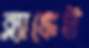
ব্ল্যাঙ্কেট